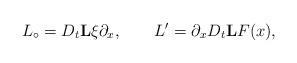
LaTeX: \begin{align*} L_\circ = D_t \mathbf{L}\xi \partial_x, \qquad L^\prime = \partial_x D_t\mathbf{L}F(x) ,\end{align*}